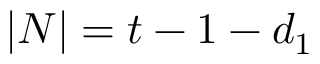
| N | = t - 1 - d _ { 1 }